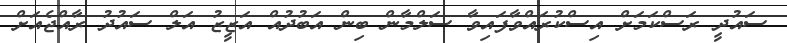
ސައުދީ ރަސްކަމަށް އިސްކުރައްވާފައިވާ ސަލްމާން ބިން އަބުދުއް އަޒީޒު އަލް ސައުދު ރާއްޖެއަށް